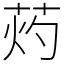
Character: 䓎